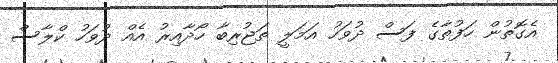
އެގޮތުން ހަފުތާގެ ފަސް ދުވަހު އަމަލީ ތަޖުރިބާ ހޯދާއިރު އެއް ދުވަހު ކްލާސް